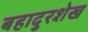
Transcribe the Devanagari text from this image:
बहादुरशेख